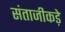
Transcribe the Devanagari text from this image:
संताजीकड़े